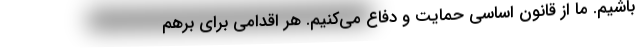
باشیم. ما از قانون اساسی حمایت و دفاع می‌کنیم. هر اقدامی برای برهم